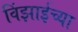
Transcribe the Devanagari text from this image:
विंझाईच्या